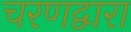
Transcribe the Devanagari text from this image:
चरणद्वारा